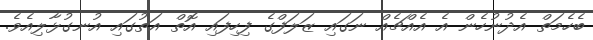
ބެހެމަތް އެދުނުހެން އެ އެއްޗެއް ނަގައި ޒަލަފްގެ ފިހިފައި އޮތް އަތުގައި އުނގުޅާލިއެވެ.